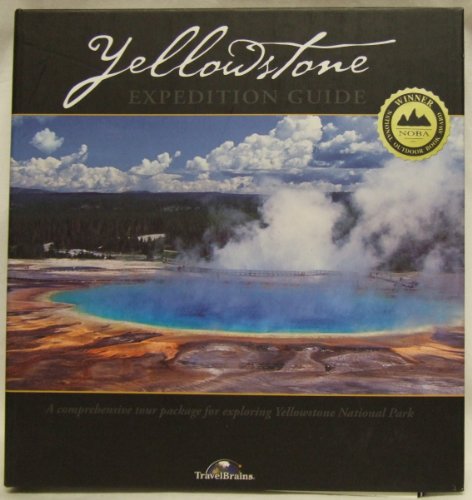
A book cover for Yellowstone Expedition Guide: The Modern Way to Tour the World's Oldest National Park; Travel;